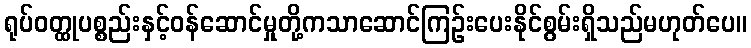
ရုပ်ဝတ္ထုပစ္စည်းနှင့်ဝန်ဆောင်မှုတို့ကသာဆောင်ကြဉ်းပေးနိုင်စွမ်းရှိသည်မဟုတ်ပေ။